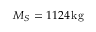
M _ { S } = 1 1 2 4 \, \mathrm { k g }